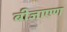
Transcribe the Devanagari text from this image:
बीजाएण